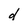
Character: d